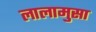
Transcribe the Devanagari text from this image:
लालामुसा